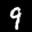
Label: 9